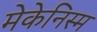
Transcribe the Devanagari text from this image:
मेकेनिस्म